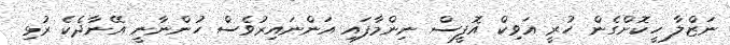
ނަޒްލާ ހީކޮށްގެން ހުރީ އަވިކް އޮފީސް ނިންމާފައި އަންނައިރުވެސް ހުންނާނީ އޭނާދެކެ ރުޅި